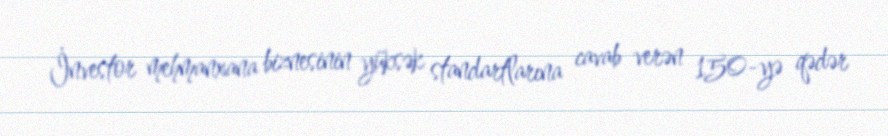
İnvestor mehmanxana biznesinin yüksək standartlarına cavab verən 150-yə qədər